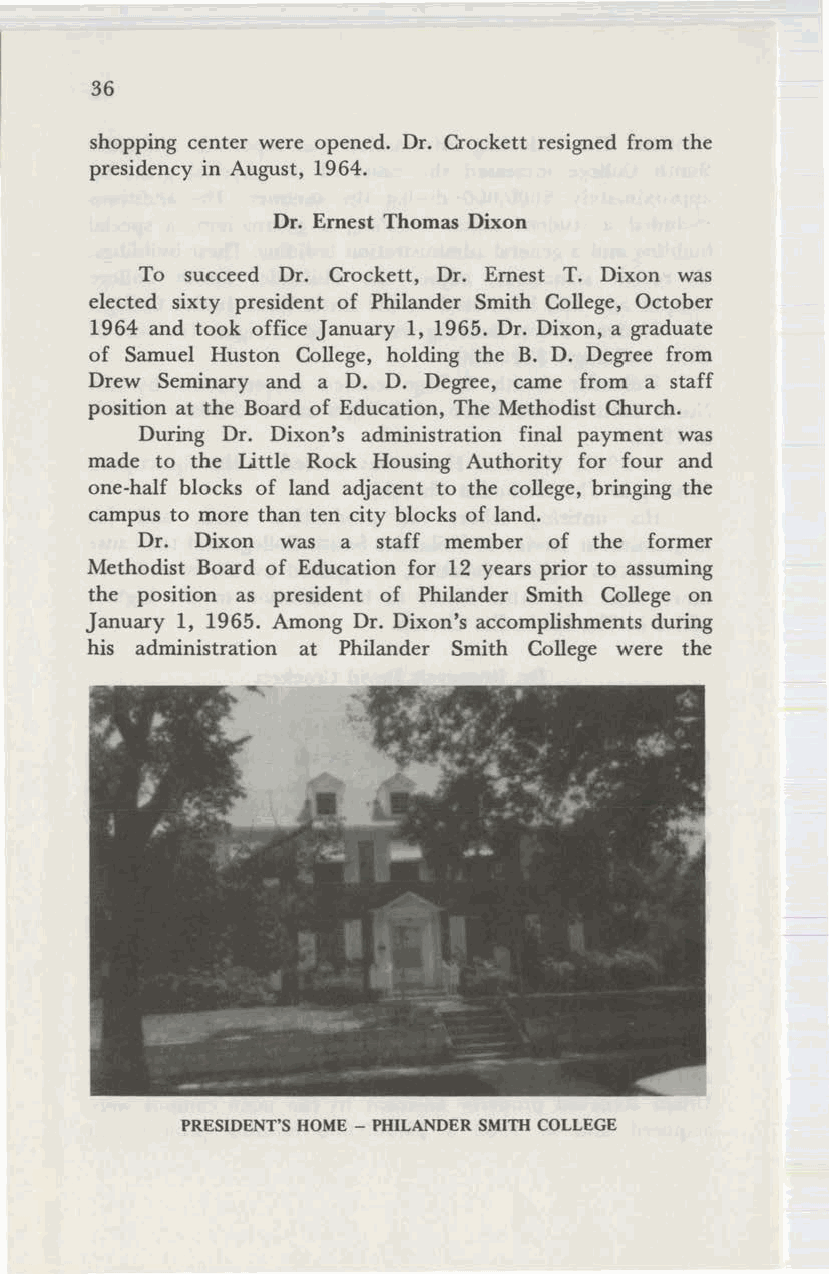
36
 shopping center were opened. Dr. Crockett resigned from the
 presidency in August, 1964.
 Dr. Ernest Thomas Dixon
 To succeed Dr. Crockett, Dr. Ernest T. Dixon was
 elected sixty president of Philander Smith College, October
 1964 and took office January 1, 1965. Dr. Dixon, a graduate
 of Samuel Huston College, holding the B. D. Degree from
 Drew Seminary and a D. D. Degree, came from a staff
 position at the Board of Education, The Methodist Church.
 During Dr. Dixon's administration final payment was
 made to the Little Rock Housing Authority for four and
 one-half blocks of land adjacent to the college, bringing the
 campus to more than ten city blocks of land.
 Dr. Dixon was a staff member of the former
 Methodist Board of Education for 12 years prior to assuming
 the position as president of Philander Smith College on
 January 1, 1965. Among Dr. Dixon's accomplishments during
 his administration at Philander Smith College were the
 PRESIDENT'S HOME - PHILANDER SMITHCOLLEGE